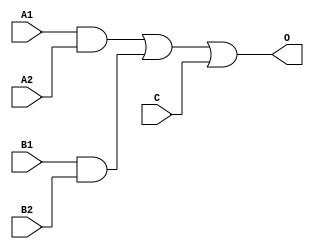
module ADB122D(A1, A2, B1, B2, C, O);
input   A1;
input   A2;
input   B1;
input   B2;
input   C;
output  O;
and g0(w0, A1, A2);
and g1(w3, B1, B2);
or g2(O, w0, w3, C);
endmodule